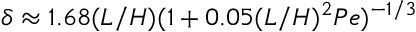
\delta \approx 1 . 6 8 ( L / H ) ( 1 + 0 . 0 5 ( L / H ) ^ { 2 } P e ) ^ { - 1 / 3 }